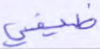
ضيفي